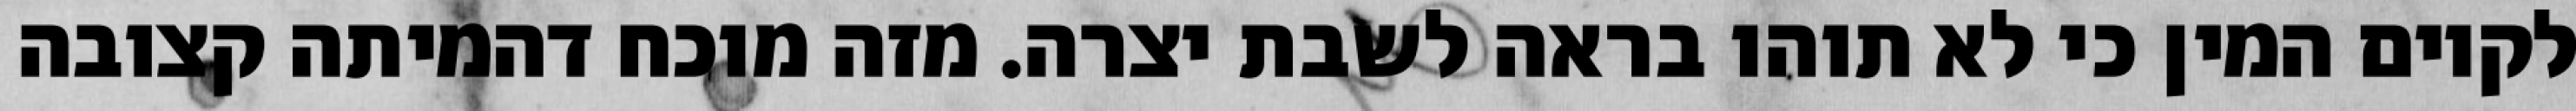
לקיום המין כי לא תוהו בראה לשבת יצרה. מזה מוכח דהמיתה קצובה